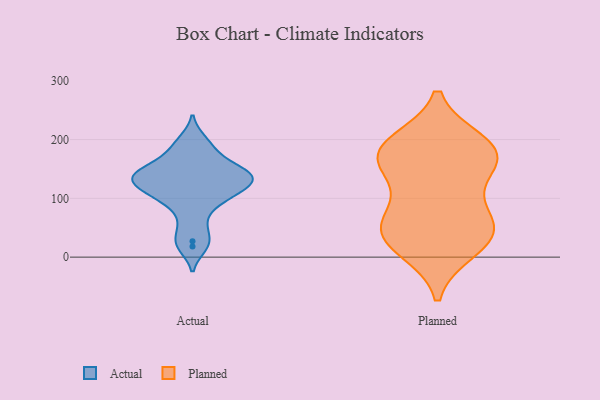
{"axis": {"x": "Revenue (USD Million)", "y": "Value"}, "legend": ["Actual", "Planned"], "data": [{"x": "", "y": 138, "type": "Actual"}, {"x": "", "y": 118, "type": "Actual"}, {"x": "", "y": 103, "type": "Actual"}, {"x": "", "y": 135, "type": "Actual"}, {"x": "", "y": 105, "type": "Actual"}, {"x": "", "y": 147, "type": "Actual"}, {"x": "", "y": 128, "type": "Actual"}, {"x": "", "y": 55, "type": "Actual"}, {"x": "", "y": 87, "type": "Actual"}, {"x": "", "y": 27, "type": "Actual"}, {"x": "", "y": 143, "type": "Actual"}, {"x": "", "y": 18, "type": "Actual"}, {"x": "", "y": 166, "type": "Actual"}, {"x": "", "y": 124, "type": "Actual"}, {"x": "", "y": 199, "type": "Actual"}, {"x": "", "y": 184, "type": "Actual"}, {"x": "", "y": 146, "type": "Actual"}, {"x": "", "y": 35, "type": "Planned"}, {"x": "", "y": 57, "type": "Planned"}, {"x": "", "y": 51, "type": "Planned"}, {"x": "", "y": 138, "type": "Planned"}, {"x": "", "y": 167, "type": "Planned"}, {"x": "", "y": 178, "type": "Planned"}, {"x": "", "y": 23, "type": "Planned"}, {"x": "", "y": 163, "type": "Planned"}, {"x": "", "y": 192, "type": "Planned"}, {"x": "", "y": 53, "type": "Planned"}, {"x": "", "y": 177, "type": "Planned"}, {"x": "", "y": 89, "type": "Planned"}, {"x": "", "y": 195, "type": "Planned"}, {"x": "", "y": 13, "type": "Planned"}]}